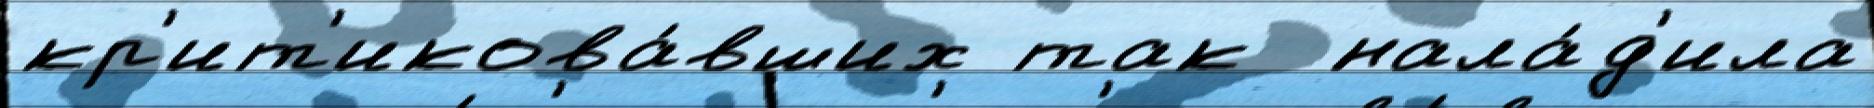
кр'ит'икова́вших так  нала́д'ила